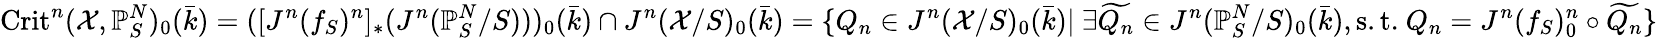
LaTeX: \mathrm{Crit}^{n}(\mathcal{X},\mathbb{P}_{S}^{N})_{0}(\bar{k})=([J^{n}(f_{S})^{n}]_{*}(J^{n}(\mathbb{P}_{S}^{N}/S)))_{0}(\bar{k})\cap J^{n}(\mathcal{X}/S)_{0}(\bar{k})=\{ Q_{n}\in J^{n}(\mathcal{X}/S)_{0}(\bar{k})|\ \exists\widetilde{Q_{n}}\in J^{n}(\mathbb{P}_{S}^{N}/S)_{0}(\bar{k}),\mathrm{s.t.}\ Q_{n}=J^{n}(f_{S})_{0}^{n}\circ\widetilde{Q_{n}}\}